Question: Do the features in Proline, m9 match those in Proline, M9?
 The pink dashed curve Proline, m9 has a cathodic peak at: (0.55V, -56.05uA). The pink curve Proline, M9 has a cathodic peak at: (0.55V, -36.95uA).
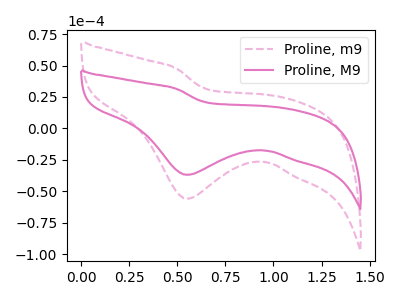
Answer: <think>All the peaks in "Proline, m9" have a peak in "Proline, M9" at the same potential. Every peak in "Proline, m9" is higher than every peak in "Proline, M9".
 </think>
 <answer>"Proline, m9" and "Proline, M9" are similar in shape.</answer>
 <eval>same_shape</eval>